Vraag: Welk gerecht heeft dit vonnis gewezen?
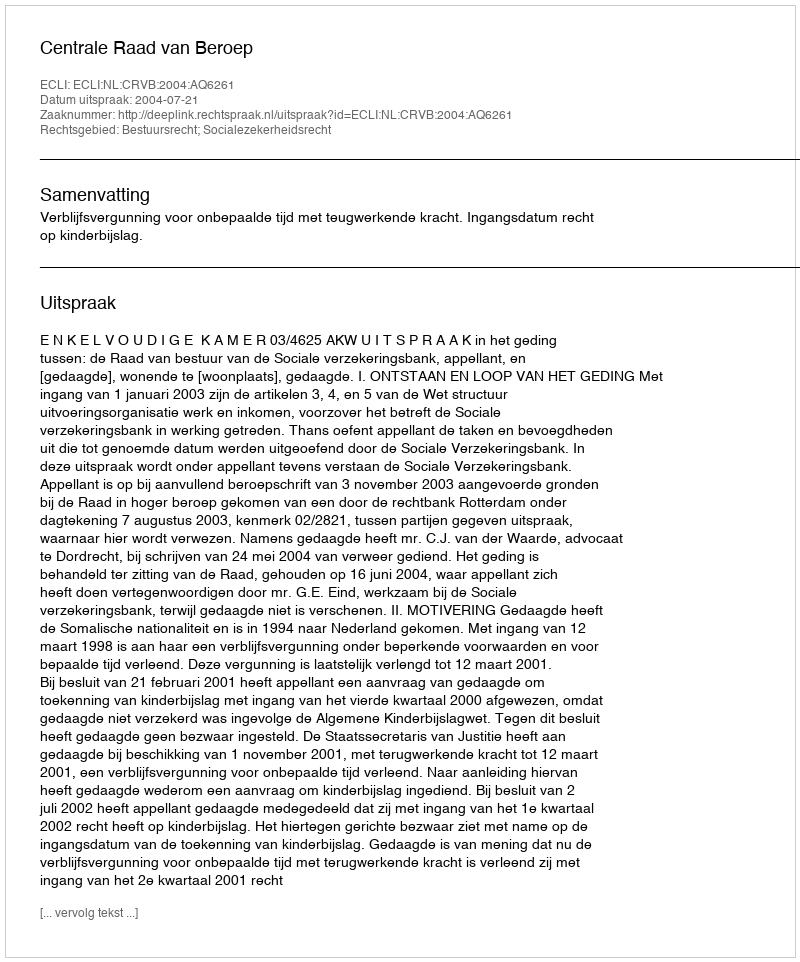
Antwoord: Centrale Raad van Beroep